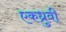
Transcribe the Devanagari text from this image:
एकध्रुवी